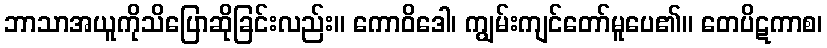
ဘာသာအယူကိုသိပြောဆိုခြင်းလည်း။ ကောဝိဒေါ၊ ကျွမ်းကျင်တော်မူပေ၏။ တေပိဋကာစ၊